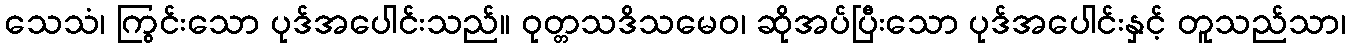
သေသံ၊ ကြွင်းသော ပုဒ်အပေါင်းသည်။ ဝုတ္တသဒိသမေဝ၊ ဆိုအပ်ပြီးသော ပုဒ်အပေါင်းနှင့် တူသည်သာ၊